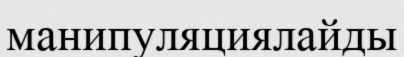
манипуляциялайды